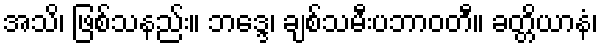
အသိ၊ ဖြစ်သနည်း။ ဘဒ္ဒေ၊ ချစ်သမီးပဘာဝတီ။ ခတ္တိယာနံ၊